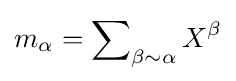
m_{\alpha }=\sum \nolimits _{\beta \sim \alpha }X^{\beta }